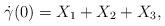
\begin{align*} \dot{\gamma}(0)=X_1+X_2+X_3, \end{align*}